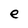
Character: e